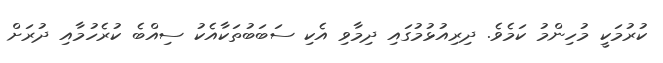
ކުރުމަކީ މުހިންމު ކަމެވެ. ދިރިއުޅުމުގައި ދިމާވި އެކި ސަބަބުތަކާއެކު ސިއްބެ ކުރެހުމާއި ދުރަށް